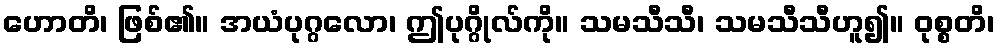
ဟောတိ၊ ဖြစ်၏။ အယံပုဂ္ဂလော၊ ဤပုဂ္ဂိုလ်ကို။ သမသီသီ၊ သမသီသီဟူ၍။ ဝုစ္စတိ၊